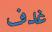
غدف